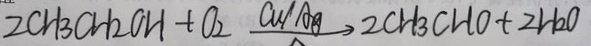
2 C H _ { 3 } C H _ { 2 } O H + O _ { 2 } \xrightarrow { C u / A g } 2 C H _ { 3 } C H O + 2 H _ { 2 } O